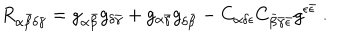
R _ { \alpha { \bar { \beta } } \delta \bar { \gamma } } = g _ { \alpha { \bar { \beta } } } g _ { \delta \bar { \gamma } } + g _ { \alpha \bar { \gamma } } g _ { \delta { \bar { \beta } } } - C _ { \alpha \delta \epsilon } C _ { { \bar { \beta } } \bar { \gamma } \bar { \epsilon } } g ^ { \epsilon \bar { \epsilon } } \ .